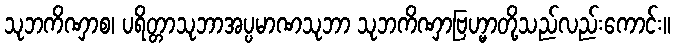
သုဘကိဏှာစ၊ ပရိတ္တာသုဘာအပ္ပမာဏသုဘာ သုဘကိဏှာဗြဟ္မာတို့သည်လည်းကောင်း။